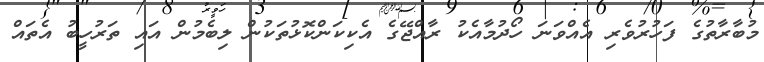
މުބާރާތުގެ ފަހުރުވެރި އެއްވަނަ ހޯދުމާއެކު ރާއްޖޭގެ އެކިކަންކޮޅުތަކުން ލިބެމުން އައި ތަރުހީބު އެތައް